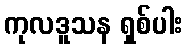
ကုလဒူသန ရှစ်ပါး